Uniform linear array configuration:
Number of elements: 8
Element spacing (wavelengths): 0.5
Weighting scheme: exponential
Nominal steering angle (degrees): -30
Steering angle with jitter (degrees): -29.737
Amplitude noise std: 0.05
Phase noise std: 0.05

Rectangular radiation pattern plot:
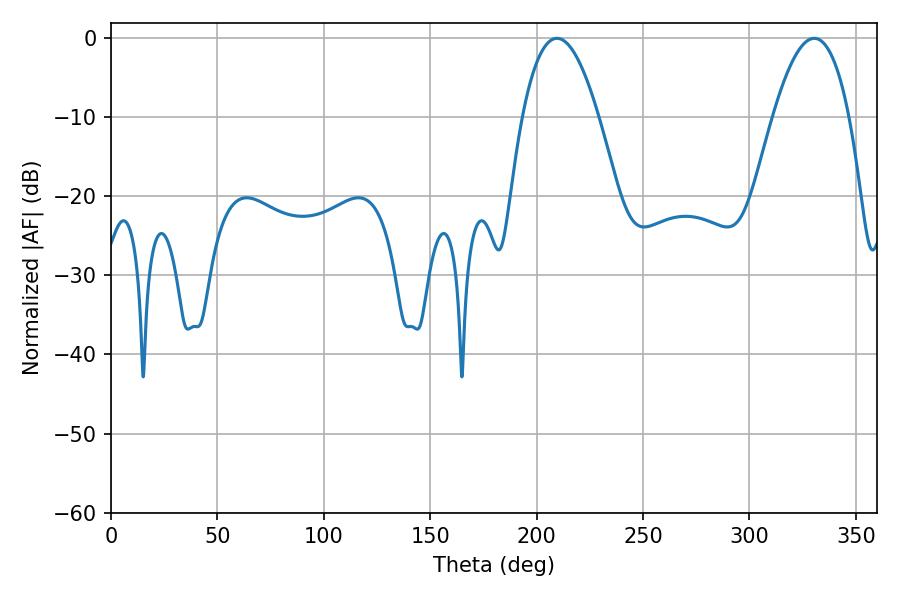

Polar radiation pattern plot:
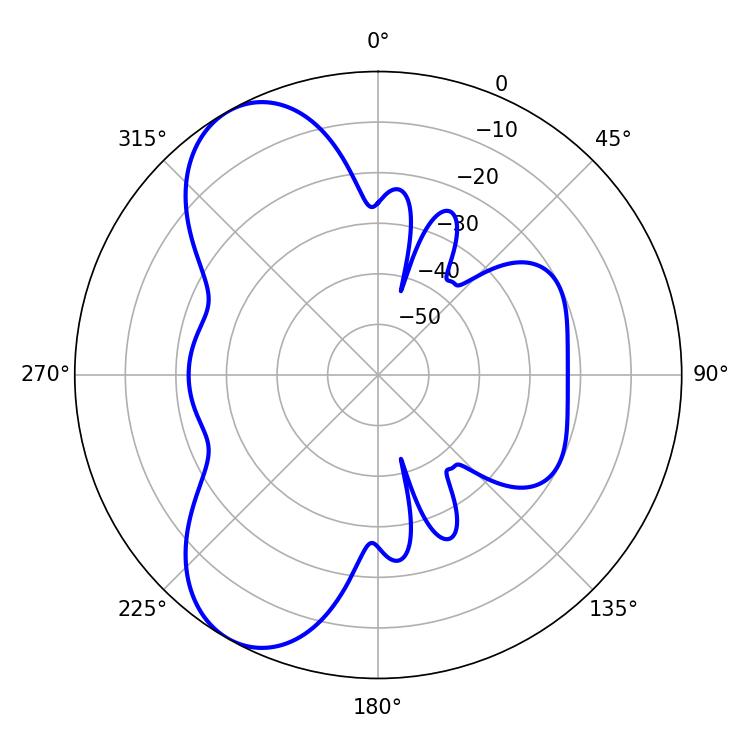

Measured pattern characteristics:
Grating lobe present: FALSE
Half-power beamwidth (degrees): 19.8
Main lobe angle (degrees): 209.52